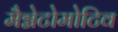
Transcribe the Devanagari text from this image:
मैग्नेटोमोटिव